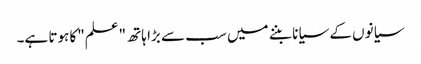
سیانوں کے سیانا بننے میں سب سے بڑا ہاتھ "علم"کا ہوتا ہے۔